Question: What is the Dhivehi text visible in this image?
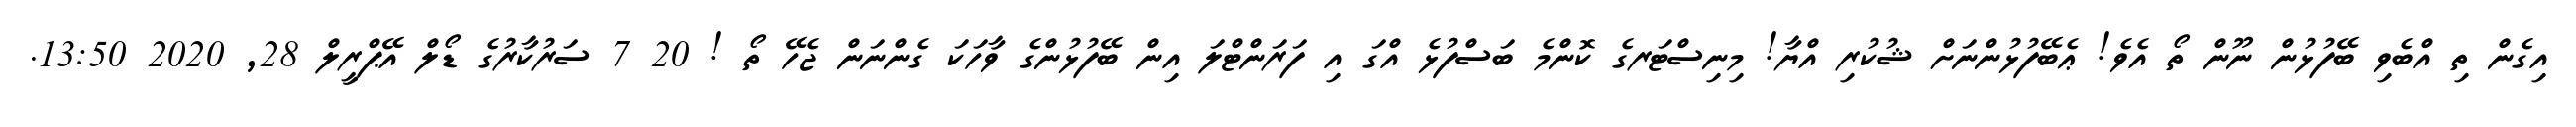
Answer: އިގެން ތި އްބެވި ބޭފުޅުން ނޫން ތޯ އެވެ! ޢެބޭފުޅުންނަށް ޝުކުރި އްޔާ! މިނިސްޓަރގެ ކޮންމެ ބަސްފުޅެ އްގަ އި ފަރަންޓްލަ އިން ބޭފުޅުންގެ ވާހަކަ ގެންނަން ޖެހޭ ތޯ ! 20 7 ސަރުކާރުގެ ޑޯލް އޭޕްރީލް 28, 2020 13:50.